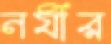
নযীর